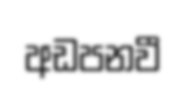
අඩපනවී